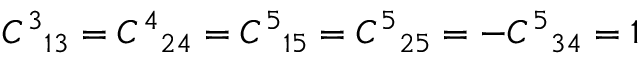
{ C ^ { 3 } } _ { 1 3 } = { C ^ { 4 } } _ { 2 4 } = { C ^ { 5 } } _ { 1 5 } = { C ^ { 5 } } _ { 2 5 } = - { C ^ { 5 } } _ { 3 4 } = 1